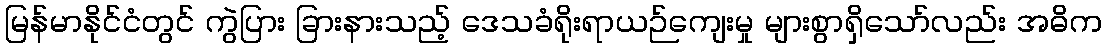
မြန်မာနိုင်ငံတွင် ကွဲပြား ခြားနားသည့် ဒေသခံရိုးရာယဉ်ကျေးမှု များစွာရှိသော်လည်း အဓိက